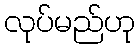
လုပ်မည်ဟု